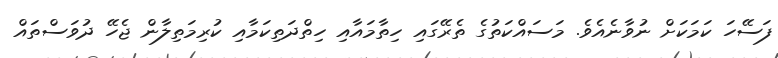
ފަސޭހަ ކަމަކަށް ނުވާނެއެވެ. މަސައްކަތުގެ ތެރޭގައި ހިތާމައާއި ހިތްދަތިކަމާއި ކުރިމަތިލާން ޖެހޭ ދުވަސްތައް